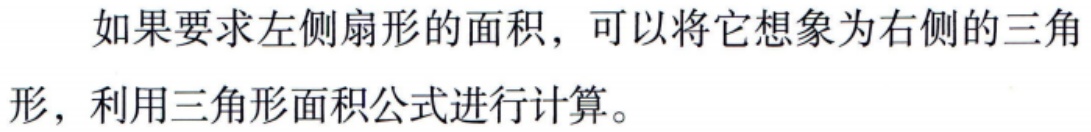
如果要求左侧扇形的面积，可以将它想象为右侧的三角形，利用三角形面积公式进行计算。